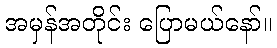
အမှန်အတိုင်း ပြောမယ်နော်။